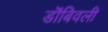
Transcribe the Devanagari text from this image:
डॊंबिवली